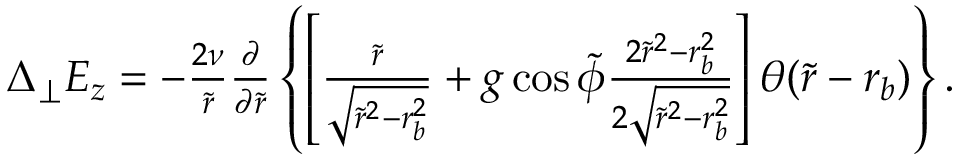
\begin{array} { r } { \Delta _ { \perp } E _ { z } = - \frac { 2 \nu } { \tilde { r } } \frac { \partial } { \partial \tilde { r } } \left\{ \left[ \frac { \tilde { r } } { \sqrt { \tilde { r } ^ { 2 } - r _ { b } ^ { 2 } } } + g \cos \tilde { \phi } \frac { 2 \tilde { r } ^ { 2 } - r _ { b } ^ { 2 } } { 2 \sqrt { \tilde { r } ^ { 2 } - r _ { b } ^ { 2 } } } \right] \theta ( \tilde { r } - r _ { b } ) \right\} . } \end{array}